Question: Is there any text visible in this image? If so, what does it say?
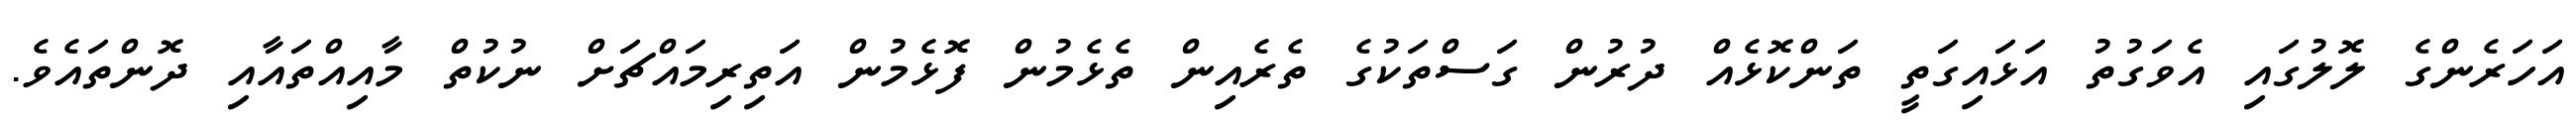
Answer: އަހަރެންގެ ލޮލުގައި އެވަގުތު އަޅައިގަތީ ތަންކޮޅެއް ދުރުން ގަސްތަކުގެ ތެރެއިން ތެޅެމުން ފޮޅެމުން އަތިރިމައްޗަށް ނުކުތް މާއިއްތައާއި ދޮންތައެވެ.